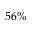
5 6 \%